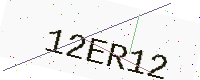
Text: 12ER12